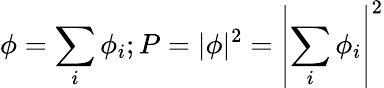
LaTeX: \phi=\sum_{i}\phi_{i};P=|\phi|^{2}=\left|\sum_{i}\phi_{i}\right|^{2}